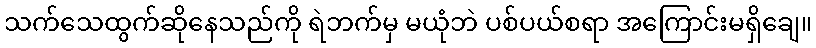
သက်သေထွက်ဆိုနေသည်ကို ရဲဘက်မှ မယုံဘဲ ပစ်ပယ်စရာ အကြောင်းမရှိချေ။